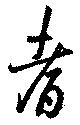
耆